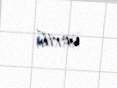
verib.